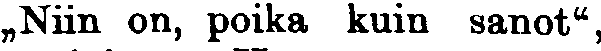
„Niin on, poika kuin sanot",